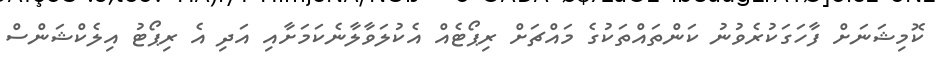
ކޮމިޝަނަށް ފާހަގަކުރެވުނު ކަންތައްތަކުގެ މައްޗަށް ރިޕޯޓެއް އެކުލަވާލާނެކަމަށާއި އަދި އެ ރިޕޯޓު އިލެކްޝަންސް